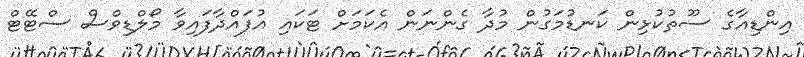
އިންޑިއާގެ ސޫތުކުޅިން ކަނޑުމަގުން މުދާ ގެންނަން އެކަމަށް ޓަކައި އުފައްދާފައިވާ މޯލްޑިވްސް ސްޓޭޓް